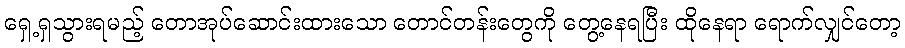
ရှေ့ရှသွားရမည့် တောအုပ်ဆောင်းထားသော တောင်တန်းတွေကို တွေ့နေရပြီး ထိုနေရာ ရောက်လျှင်တော့